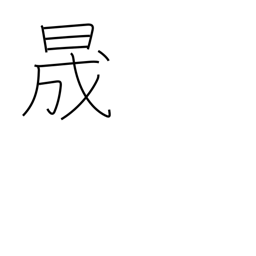
Meaning: clear